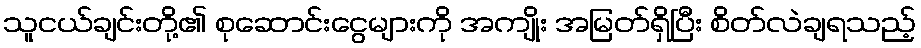
သူငယ်ချင်းတို့၏ စုဆောင်းငွေများကို အကျိုး အမြတ်ရှိပြီး စိတ်လဲချရသည့်